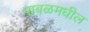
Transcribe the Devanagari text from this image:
पाबळमधील